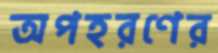
অপহরণের